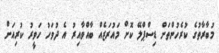
މުބާރާތުގެ ކުރެހުންތަށް ޑިސްޕްލޭ ކޮށް މައުރަޒެއް ބާއްވާއިރު އެ ދުވަހު ހަވީރު ކުރިއަށް